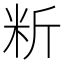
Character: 䉼